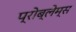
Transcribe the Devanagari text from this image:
प्रोब्लेम्स